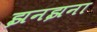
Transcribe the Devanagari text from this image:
झनझना